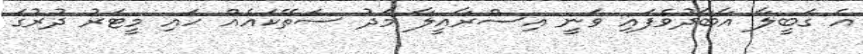
އެ ގަބީލާ އާބާދުވެފައި ވަނީ އިސްރާއީލާ މަދު ސަތޭކައެއް ހައި މީޓަރު ދުރުގަ